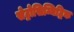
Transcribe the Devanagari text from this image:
सेट्रोसिम्मिट्रिक